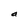
Character: a